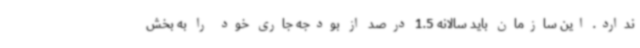
ندارد. این سازمان باید سالانه 1.5 درصد از بودجه جاری خود را به بخش